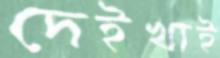
দেইখাই